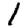
Digit: 1